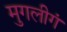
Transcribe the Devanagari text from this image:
मुगलीगं